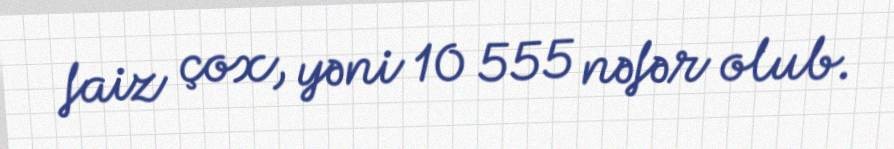
faiz çox, yəni 10 555 nəfər olub.